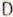
D